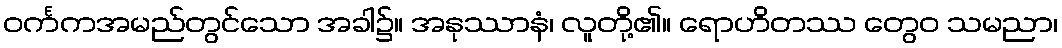
ဝင်္ကကအမည်တွင်သော အခါ၌။ အနုဿာနံ၊ လူတို့၏။ ရောဟိတဿ တွေဝ သမညာ၊